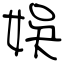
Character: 娛